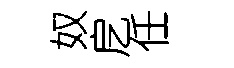
奴戹任